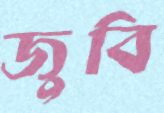
জুবি